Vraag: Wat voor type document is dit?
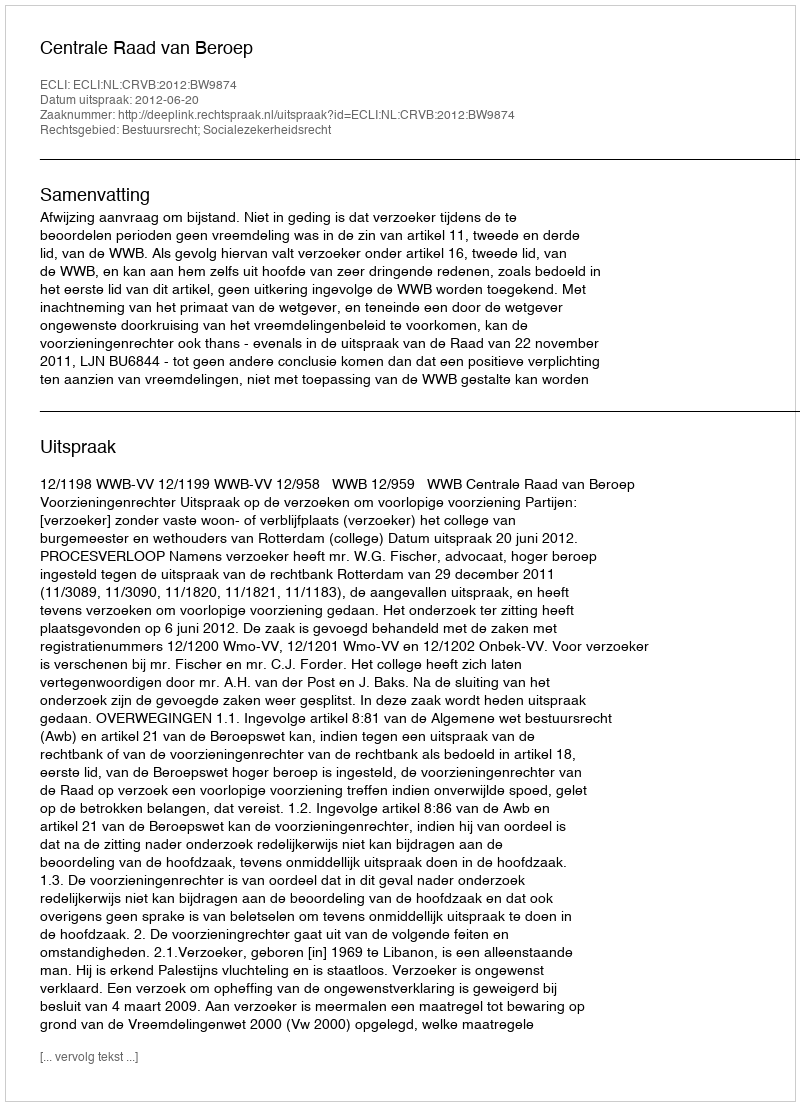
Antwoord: Uitspraak